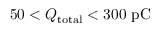
5 0 < Q _ { \mathrm { t o t a l } } < 3 0 0 ~ \mathrm { p C }